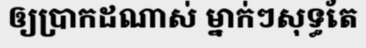
ឲ្យប្រាកដណាស់ ម្នាក់ៗសុទ្ធតែ